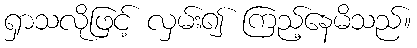
ရှာသလိုဖြင့် လှမ်း၍ ကြည့်နေမိသည်။